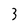
Character: 3